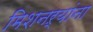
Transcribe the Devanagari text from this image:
मिशनऱ्यांना